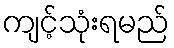
ကျင့်သုံးရမည်